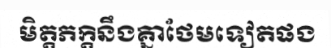
មិត្តភក្តិនឹងគ្នាថែមទៀតផង